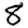
Digit: 8